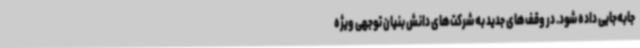
جابه‌جایی داده شود. در وقف‌های جدید به شرکت‌های دانش بنیان توجهی ویژه